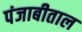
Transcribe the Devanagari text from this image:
पंजाबीताल